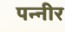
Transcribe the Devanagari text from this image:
पन्नीर